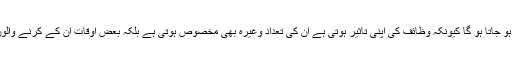
نیٹ کے ذَریعے معلوم ہونے والے وَظائف کو پڑھنے سے کتنوں کا کُونڈا (یعنی نقصان)بھی ہو جاتا ہو گا کیونکہ وَظائف کی اپنی تاثیر ہوتی ہے ان کی تعداد وغیرہ بھی مَخصُوص ہوتی ہے بلکہ بعض اوقات ان کے کرنے والوں کو کچھ چیزوں سے پرہیز بھی کرنی ہوتی ہے جیسے تَرکِ جَمالی اور تَرکِ جَلالی وغیرہ ۔